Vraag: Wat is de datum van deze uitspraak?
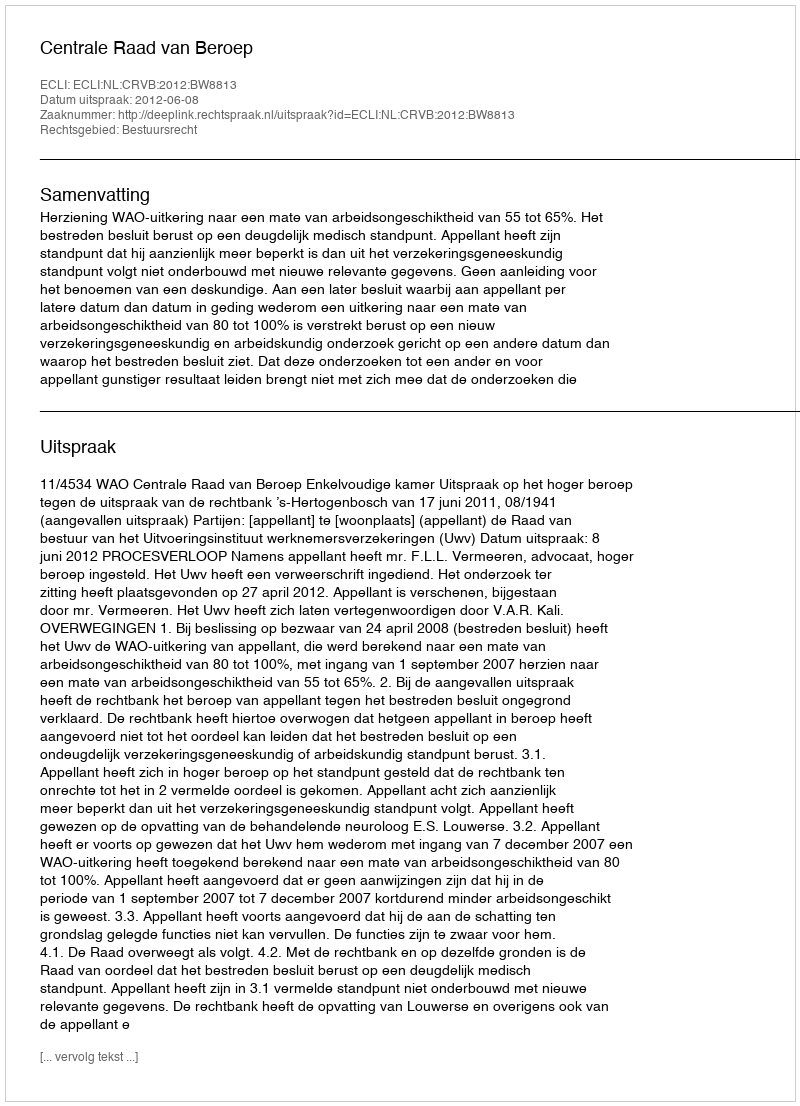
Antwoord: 2012-06-08